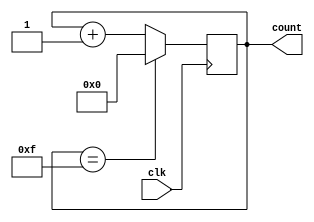
`timescale 1ns / 1ps
//////////////////////////////////////////////////////////////////////////////////
// Company: 
// Engineer: 
// 
// Design Name: 
// Module Name:    counter 
// Project Name: 
// Target Devices: 
// Tool versions: 
// Description: 
//
// Dependencies: 
//
// Revision: 
// Revision 0.01 - File Created
// Additional Comments: 
//
//////////////////////////////////////////////////////////////////////////////////
module counter(
	input wire clk,
	output reg [3:0] count
	);

	initial begin
		count = 4'b0000;
	end

	always @(posedge clk) begin
		count = (count == 4'b1111) ? 0 : (count + 1);
	end

endmodule